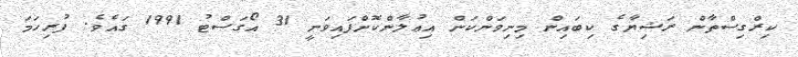
ކިރްގިސްތާން ރަޝިޔާގެ ކިބައިން މިނިވަންކަން އިޢުލާންކޮށްފައިވަނީ 31 އޯގަސްޓު 1991 ގައެވެ. ފުރިހަމަ